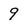
Character: 9